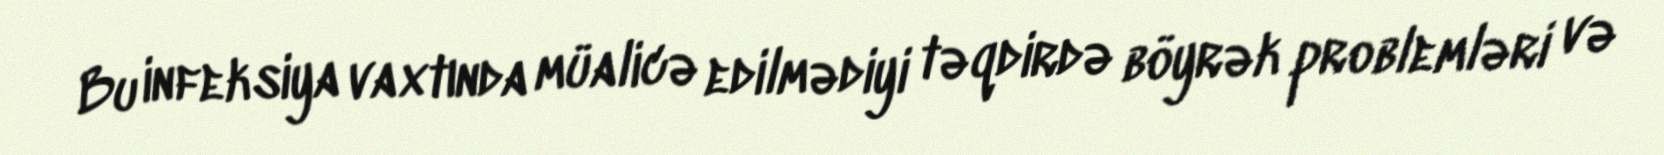
Bu infeksiya vaxtında müalicə edilmədiyi təqdirdə böyrək problemləri və